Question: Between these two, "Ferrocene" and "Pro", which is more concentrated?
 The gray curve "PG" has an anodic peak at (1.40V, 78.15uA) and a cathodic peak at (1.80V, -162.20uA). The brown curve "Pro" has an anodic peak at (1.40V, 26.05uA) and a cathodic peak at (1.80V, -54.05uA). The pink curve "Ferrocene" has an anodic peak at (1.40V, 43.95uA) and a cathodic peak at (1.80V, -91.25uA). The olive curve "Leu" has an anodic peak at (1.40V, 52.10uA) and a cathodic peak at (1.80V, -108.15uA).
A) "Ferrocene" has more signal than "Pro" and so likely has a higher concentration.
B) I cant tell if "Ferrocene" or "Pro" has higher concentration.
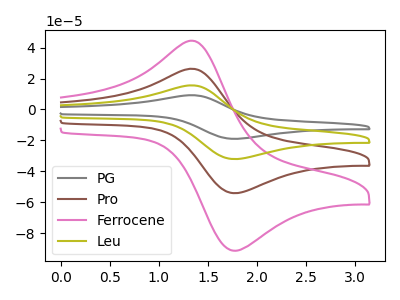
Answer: <think>All the peaks in "Ferrocene" have a peak in "Pro" at the same potential. Every peak in "Ferrocene" is higher than every peak in "Pro".
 </think>
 <answer>A) "Ferrocene" has more signal than "Pro" and so likely has a higher concentration.</answer>
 <eval>A</eval>